Insane asylums in Bengal annual reports 1867-1875 - 1867-1875
Year: 1867
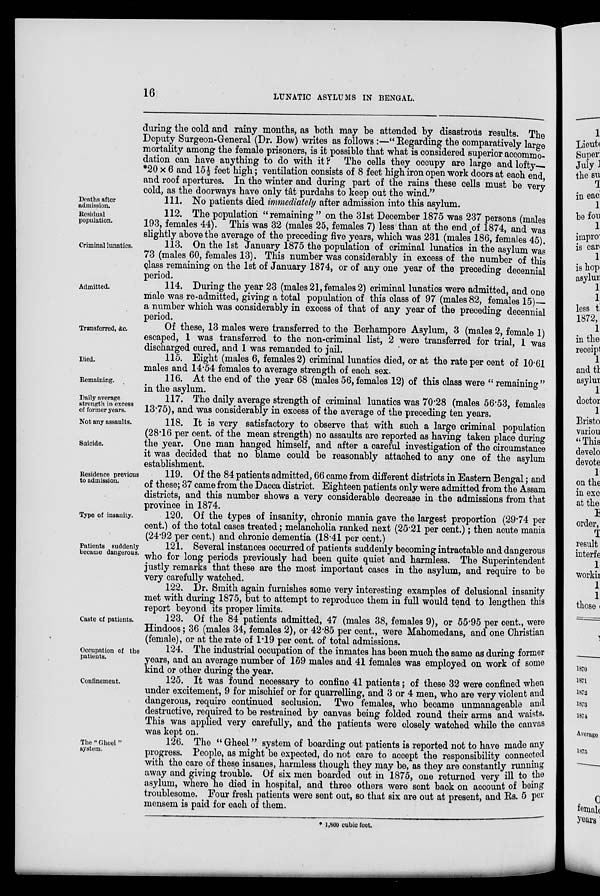
16
LUNATIC ASYLUMS IN BENGAL.
during the cold and rainy months, as both may be attended by disastrous results. The
Deputy Surgeon-General (Dr. Bow) writes as follows:—" Regarding the comparatively large
mortality among the female prisoners, is it possible that what is considered superior accommo-
dation can have anything to do with it ? The cells they occupy are large and lofty
*20 × 6 and 15½ feet high; ventilation consists of 8 feet high iron open work doors at each end,
and roof apertures. In the winter and during part of the rains these cells must be very
cold, as the doorways have only tât purdahs to keep out the wind."
Deaths after
admission.
111. No patients died immediately after admission into this asylum.
Residual
population.
112. The population "remaining" on the 31st December 1875 was 237 persons (males
193, females 44). This was 32 (males 25, females 7) less than at the end of 1874, and was
slightly above the average of the preceding five years, which was 231 (males 186, females 45).
Criminal lunatics.
113. On the 1st January 1875 the population of criminal lunatics in the asylum was
73 (males 60, females 13). This number was considerably in excess of the number of this
class remaining on the 1st of January 1874, or of any one year of the preceding decennial
period.
Admitted.
114. During the year 23 (males 21, females 2) criminal lunatics were admitted, and one
male was re-admitted, giving a total population of this class of 97 (males 82, females 15)
a number which was considerably in excess of that of any year of the preceding decennial
period.
Transferred, &c.
Of these, 13 males were transferred to the Berhampore Asylum, 3 (males 2, female 1)
escaped, 1 was transferred to the non-criminal list, 2 were transferred for trial, 1 was
discharged cured, and 1 was remanded to jail.
Died.
115. Eight (males 6, females 2) criminal lunatics died, or at the rate per cent of 10.61
males and 14.54 females to average strength of each sex.
Remaining.
116. At the end of the year 68 (males 56, females 12) of this class were " remaining"
in the asylum.
Daily average
strength in excess
of former years.
117. The daily average strength of criminal lunatics was 70.28 (males 56.53, females
13.75), and was considerably in excess of the average of the preceding ten years.
Not any assaults.
Suicide.
118. It is very satisfactory to observe that with such a large criminal population
(28.16 per cent. of the mean strength) no assaults are reported as having taken place during
the year. One man hanged himself, and after a careful investigation of the circumstance
it was decided that no blame could be reasonably attached to any one of the asylum
establishment.
Residence previous
to admission.
119. Of the 84 patients admitted, 66 came from different districts in Eastern Bengal; and
of these; 37 came from the Dacca district. Eighteen patients only were admitted from the Assam
districts, and this number shows a very considerable decrease in the admissions from that
province in 1874.
Type of insanity.
120. Of the types of insanity, chronic mania gave the largest proportion (29.74 per
cent.) of the total cases treated; melancholia ranked next (25.21 per cent.); then acute mania
(24.92 per cent.) and chronic dementia (18.41 per cent.)
Patients suddenly
became dangerous.
121. Several instances occurred of patients suddenly becoming intractable and dangerous
who for long periods previously had been quite quiet and harmless. The Superintendent
justly remarks that these are the most important cases in the asylum, and require to be
very carefully watched.
122. Dr. Smith again furnishes some very interesting examples of delusional insanity
met with during 1875, but to attempt to reproduce them in full would tend to lengthen this
report beyond its proper limits.
Caste of patients.
123. Of the 84 patients admitted, 47 (males 38, females 9), or 55.95 per cent., were
Hindoos; 36 (males 34, females 2), or 42.85 per cent., were Mahomedans, and one Christian
(female), or at the rate of 1.19 per cent. of total admissions.
Occupation of the
patients.
124. The industrial occupation of the inmates has been much the same as during former
years, and an average number of 159 males and 41 females was employed on work of some
kind or other during the year.
Confinement.
125. It was found necessary to confine 41 patients; of these 32 were confined when
under excitement, 9 for mischief or for quarrelling, and 3 or 4 men, who are very violent and
dangerous, require continued seclusion. Two females, who became unmanageable and
destructive, required to be restrained by canvas being folded round their arms and waists.
This was applied very carefully, and the patients were closely watched while the canvas
was kept on.
The " Gheel"
system.
126. The " Gheel" system of boarding out patients is reported not to have made any
progress. People, as might be expected, do not care to accept the responsibility connected
with the care of these insanes, harmless though they may be, as they are constantly running
away and giving trouble. Of six men boarded out in 1875, one returned very ill to the
asylum, where he died in hospital, and three others were sent back on account of being
troublesome. Four fresh patients were sent out, so that six are out at present, and Rs. 5 per
mensem is paid for each of them.
* 1,860 cubic feet.